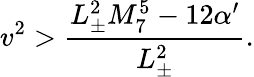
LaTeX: v^{2}>\frac{L_{\pm}^{2}M_{7}^{5}-12\alpha^{\prime}}{L_{\pm}^{2}}.